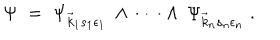
\Psi \; = \; \Psi _ { \vec { k } _ { 1 } s _ { 1 } \epsilon _ { 1 } } \: \wedge \: \cdots \: \wedge \: \Psi _ { \vec { k } _ { n } s _ { n } \epsilon _ { n } } \; .